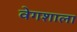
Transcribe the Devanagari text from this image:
वेगशाला